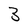
Character: 3